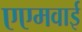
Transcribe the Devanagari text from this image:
एएमवाई